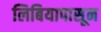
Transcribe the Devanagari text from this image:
लिबियापासून